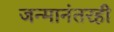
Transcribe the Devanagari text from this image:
जन्मानंतरही